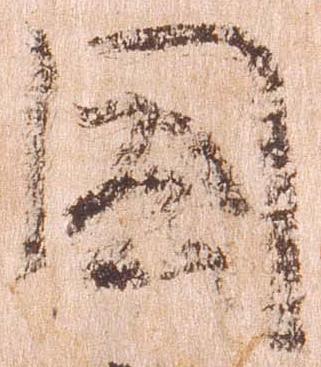
国